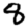
Digit: 8